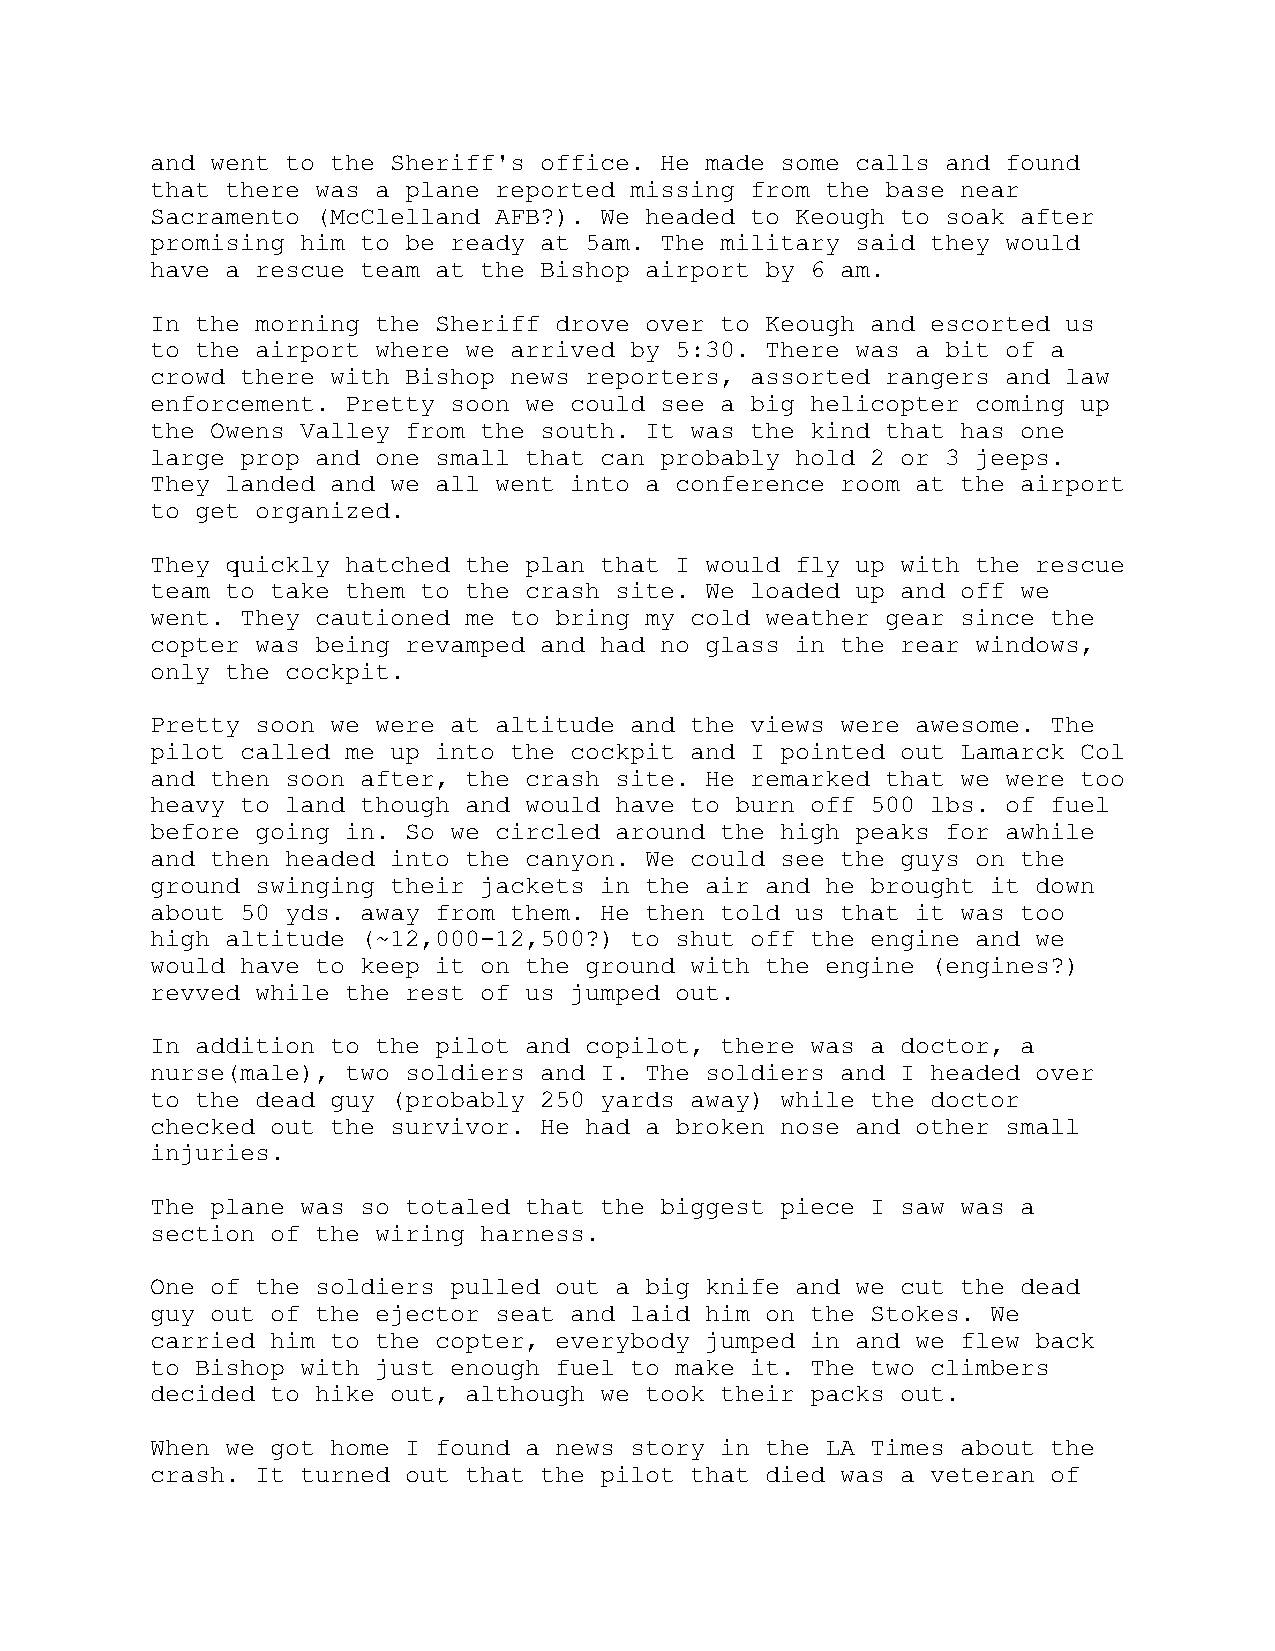
and went to the Sheriff's office. He made some calls and found
 that there was a plane reported missing from the base near
 Sacramento (McClelland AFB?). We headed to Keough to soak after
 promising him to be ready at 5am. The military said they would
 have a rescue team at the Bishop airport by 6 am.
 In the morning the Sheriff drove over to Keough and escorted us
 to the airport where we arrived by 5:30. There was a bit of a
 crowd there with Bishop news reporters, assorted rangers and law
 enforcement. Pretty soon we could see a big helicopter coming up
 the Owens Valley from the south. It was the kind that has one
 large prop and one small that can probably hold 2 or 3 jeeps.
 They landed and we all went into a conference room at the airport
 to get organized.
 They quickly hatched the plan that I would fly up with the rescue
 team to take them to the crash site. We loaded up and off we
 went. They cautioned me to bring my cold weather gear since the
 copter was being revamped and had no glass in the rear windows,
 only the cockpit.
 Pretty soon we were at altitude and the views were awesome. The
 pilot called me up into the cockpit and I pointed out Lamarck Col
 and then soon after, the crash site. He remarked that we were too
 heavy to land though and would have to burn off 500 lbs. of fuel
 before going in. So we circled around the high peaks for awhile
 and then headed into the canyon. We could see the guys on the
 ground swinging their jackets in the air and he brought it down
 about 50 yds. away from them. He then told us that it was too
 high altitude (~12,000-12,500?) to shut off the engine and we
 would have to keep it on the ground with the engine (engines?)
 revved while the rest of us jumped out.
 In addition to the pilot and copilot, there was a doctor, a
 nurse(male), two soldiers and I. The soldiers and I headed over
 to the dead guy (probably 250 yards away) while the doctor
 checked out the survivor. He had a broken nose and other small
 injuries.
 The plane was so totaled that the biggest piece I saw was a
 section of the wiring harness.
 One of the soldiers pulled out a big knife and we cut the dead
 guy out of the ejector seat and laid him on the Stokes. We
 carried him to the copter, everybody jumped in and we flew back
 to Bishop with just enough fuel to make it. The two climbers
 decided to hike out, although we took their packs out.
 When we got home I found a news story in the LA Times about the
 crash. It turned out that the pilot that died was a veteran of